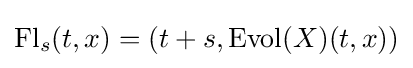
\operatorname {Fl} _{s}(t,x)=(t+s,\operatorname {Evol} (X)(t,x))